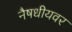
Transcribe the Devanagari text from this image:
नैषधीयवर